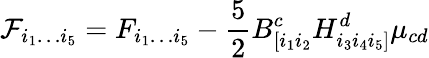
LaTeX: {\cal F}_{i_{1}\dots i_{5}}=F_{i_{1}\dots i_{5}}-\frac{5}{2}B_{[i_{1}i_{2}}^{c}H_{i_{3}i_{4}i_{5}]}^{d}\mu_{cd}